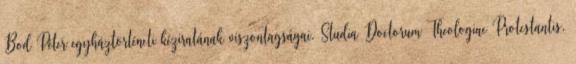
Bod Péter egyháztörténeti kéziratának viszontagságai. Studia Doctorum Theologiae Protestantis,